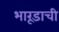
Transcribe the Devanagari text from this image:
भारूडाची